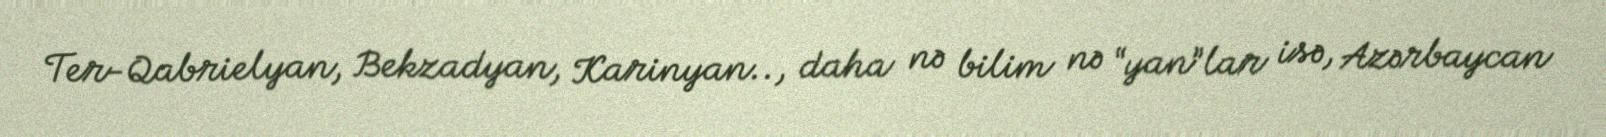
Ter-Qabrielyan, Bekzadyan, Karinyan.., daha nə bilim nə “yan”lar isə, Azərbaycan